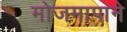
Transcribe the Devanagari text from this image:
मोजमापाने